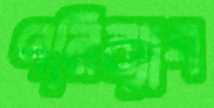
পলিব্যাগ